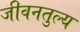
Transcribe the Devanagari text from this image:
जीवनतुल्य